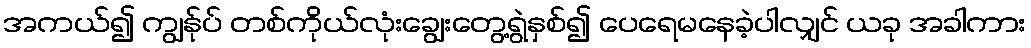
အကယ်၍ ကျွန်ုပ် တစ်ကိုယ်လုံးချွေးတွေ့ရွဲနှစ်၍ ပေရေမနေခဲ့ပါလျှင် ယခု အခါကား